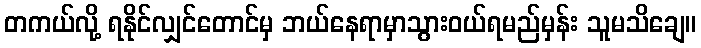
တကယ်လို့ ရနိုင်လျှင်တောင်မှ ဘယ်နေရာမှာသွားဝယ်ရမည်မှန်း သူမသိချေ။